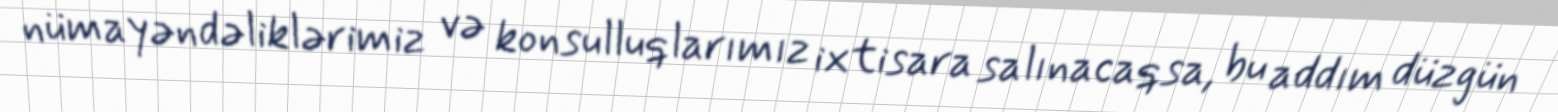
nümayəndəliklərimiz və konsulluqlarımız ixtisara salınacaqsa, bu addım düzgün